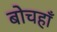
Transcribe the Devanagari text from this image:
बोचहाँ